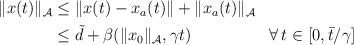
LaTeX: \begin{align*}\begin{aligned}\|x(t)\|_{\mathcal{A}} & \le \|x(t)-x_a(t)\| + \|x_a(t)\|_\mathcal{A}\\ & \le \tilde{d} + \beta(\|x_0\|_{\mathcal{A}},\gamma t) && \forall \, t \in [0, \bar{t}/\gamma]\end{aligned}\end{align*}